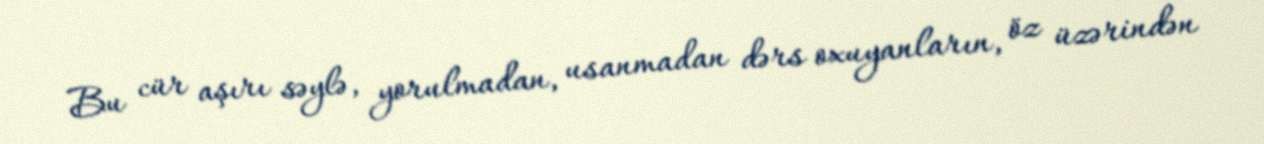
Bu cür aşırı səylə, yorulmadan, usanmadan dərs oxuyanların, öz üzərindən